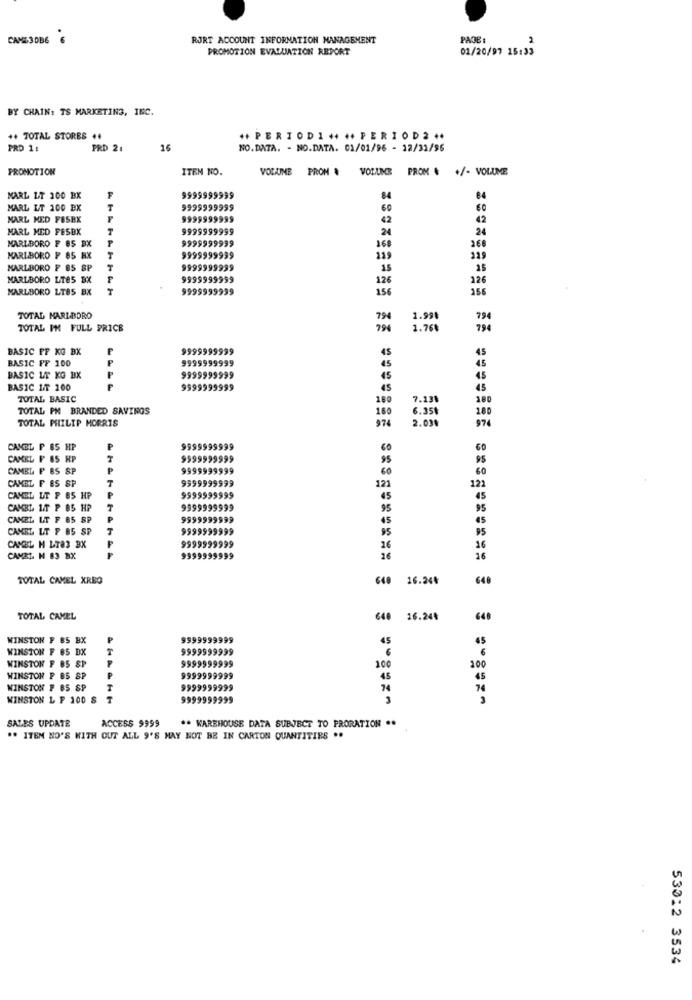
CAML30B6
RJRT ACCOUNT INFORMATION MANAGEMENT
PAGE :
PROMOTION EVALUATION REPORT
01/20/97 15:33
BY CHAIN: TS MARKETING, INC.
++ TOTAL STORES .4
++ PERIODI ++ ++ PERIOD2 **
PRD 1:
FRD 21
16
NO.DATA. - NO.DATA. 01/01/96 - 12/31/96
PROMOTION
ITEM NO.
VOLUINE PRON & VOLUME PROM & +/- VOLUME
MARL LT 200 BX
999999999
04
MARL LT 100 BX
T
9999999999
60
60
MARL MED FESBK
9999999999
42
42
MARL MED FESBK
T
9999999999
24
24
9999999999
168
260
MARLBORO F 85 BX
P
MARLBORO P 85 HX
9999999999
119
MARLBORO F 85 SP
9999999939
15
MARLBORO LT85 BX
P
9999999999
126
126
MARLBORO LT85 BX
9999999999
156
156
TOTAL MARLBORO
794
1.998
794
TOTAL PM FULL PRICE
1.76₺
794
BASIC PF KG BX
F
9999999999
45
BASIC PF 100
9999999999
45
45
BASIC LT KG BX
9999999999
45
45
BASIC IT 100
F
9999999999
45
45
TOTAL BASIC
150
7.138
180
TOTAL PM BRANDED SAVINGS
160
6.351
180
TOTAL MIILIP MORRIS
974
2.038
974
CANBL P BS HP
9999999999
60
60
CAMEL F 65 HP
9999999999
95
95
CAMBL P BS SP
9999999999
60
60
CAMBL F ES SP
T
9999999999
121
121
CAMEL LT F 65 HP
P
9999999999
45
45
CAMBI LT P BS HP
9999999999
95
95
CAMEL LT F 65 SP
9999999999
45
45
CANBL LT F 85 SP
999999
95
CANBL H LT83 BX
95
9999999999
26
16
CANEL H 83 BX
9999999999
16
16
TOTAL CAMEL XRBO
640 16.244
648
TOTAL CAMEL
648 16.244
648
WINSTON F 85 BX
P
9999999999
45
65
WINSTON F 85 BX
9999999999
WINSTON F 85 SP.
9999999999
100
200
WINSTON P 85 SP
P
9999999999
45
45
WINSTON F 85 SP
9999999999
74
WINSTON L F 100 S
9999999999
SALES UPDATE
ACCESS 9999
** WAREHOUSE DATA SUBJECT TO PRORATION ..
** ITEM NO'S WITH OUT ALL 9'S MAY NOT BE IN CARTON QUANTITIES ..
53012 3534